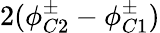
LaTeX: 2(\phi_{C2}^{\pm}-\phi_{C1}^{\pm})